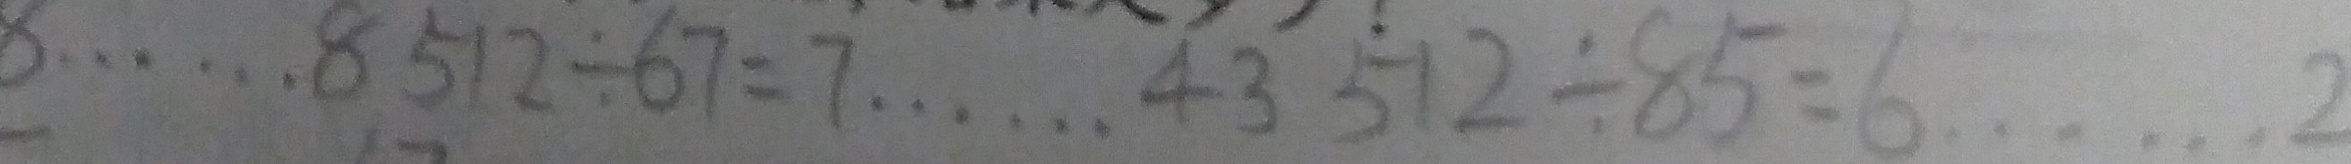
8 \cdots 8 5 1 2 \div 6 7 = 7 \cdots 4 3 5 1 2 \div 8 5 = 6 \cdots 2